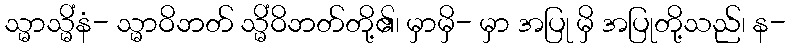
သ္မာသ္မိံနံ- သ္မာဝိဘတ် သ္မိံဝိဘတ်တို့၏၊ မှာမှိ- မှာ အပြု မှိ အပြုတို့သည်၊ န-